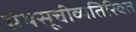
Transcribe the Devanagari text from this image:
ग्रंथसूचीव्यतिरिक्त